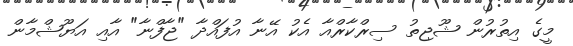
މީގެ އިތުރުން ޝޫޖިތު ސިރްކާރްއާ އެކު އޭނާ އުފައްދާ "ޖާފްނާ" އާއި އަޔޫޝްމާން